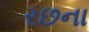
રછના